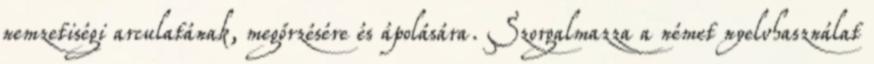
nemzetiségi arculatának, megőrzésére és ápolására. Szorgalmazza a német nyelvhasználat